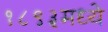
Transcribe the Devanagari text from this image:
१८९३मध्ये